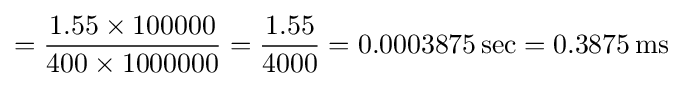
={\frac {1.55\times 100000}{400\times 1000000}}={\frac {1.55}{4000}}=0.0003875\,{\text{sec}}=0.3875\,{\text{ms}}